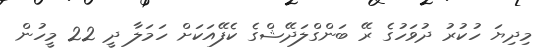
މިދިޔަ ހުކުރު ދުވަހުގެ ރޭ ބަންގްލަދޭޝްގެ ކެފޭއަކަށް ހަމަލާ ދީ 22 މީހުން